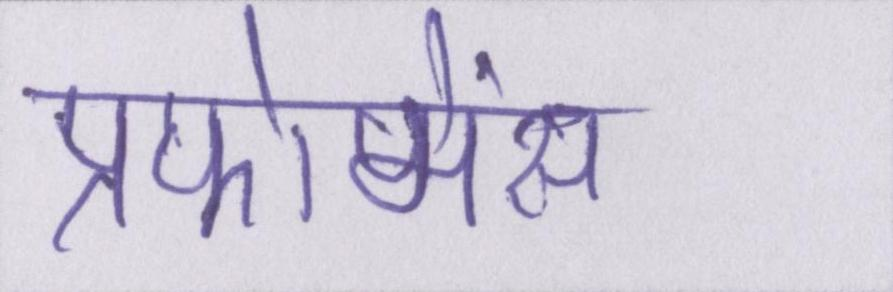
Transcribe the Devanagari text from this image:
प्रफोमेंस